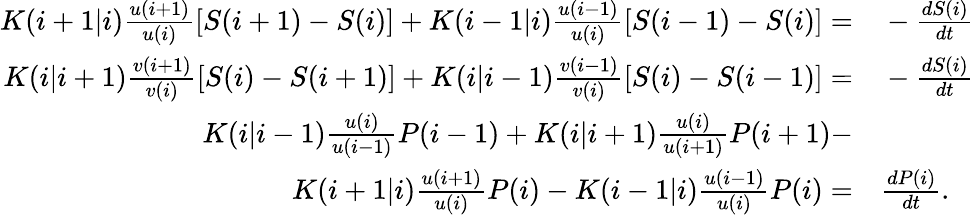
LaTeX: \begin{array}{rl}{K(i+1|i)\frac{u(i+1)}{u(i)}[S(i+1)-S(i)]+K(i-1|i)\frac{u(i-1)}{u(i)}[S(i-1)-S(i)]=}&{{}-\frac{dS(i)}{dt}}\\ {K(i|i+1)\frac{v(i+1)}{v(i)}[S(i)-S(i+1)]+K(i|i-1)\frac{v(i-1)}{v(i)}[S(i)-S(i-1)]=}&{{}-\frac{dS(i)}{dt}}\\ {K(i|i-1)\frac{u(i)}{u(i-1)}P(i-1)+K(i|i+1)\frac{u(i)}{u(i+1)}P(i+1)-}&{{}}\\ {K(i+1|i)\frac{u(i+1)}{u(i)}P(i)-K(i-1|i)\frac{u(i-1)}{u(i)}P(i)=}&{{}\frac{dP(i)}{dt}.}\end{array}